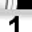
Digit: 1